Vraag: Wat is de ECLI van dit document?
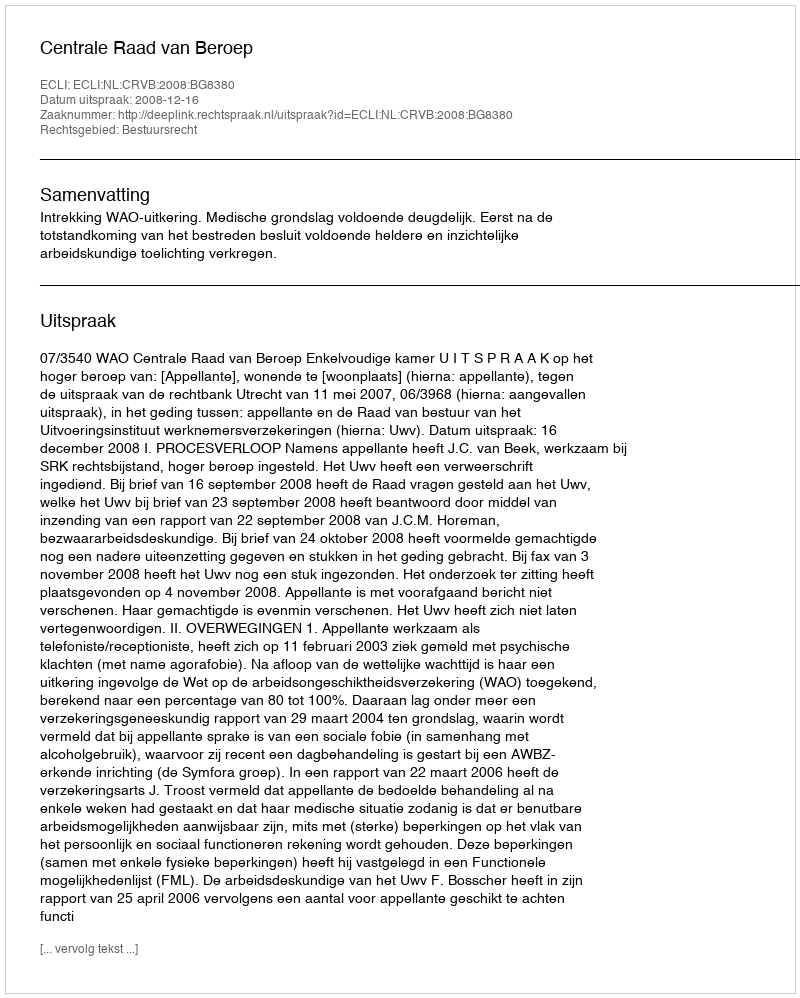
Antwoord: ECLI:NL:CRVB:2008:BG8380